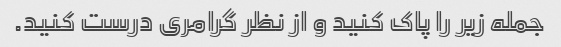
جمله زیر را پاک کنید و از نظر گرامری درست کنید.